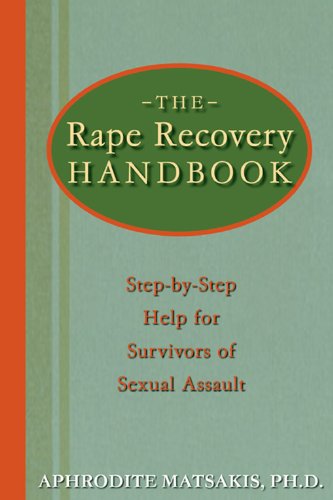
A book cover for The Rape Recovery Handbook: Step-by-Step Help for Survivors of Sexual Assault; Aphrodite T. Matsakis PhD; Self-Help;